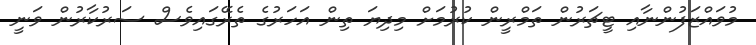
މުވައްޒަފުންނާއި ޓީޗަރުން ތަމްރީން ކުރުމަށް މިދިޔަ ތިން އަހަރުގެ ތެރޭގައިވެސް ސަރުކާރުން ވަނީ